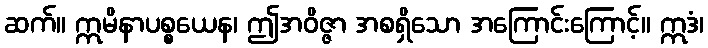
ဆက်။ ဣမိနာပစ္စယေန၊ ဤအဝိဇ္ဇာ အစရှိသော အကြောင်းကြောင့်။ ဣဒံ၊